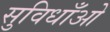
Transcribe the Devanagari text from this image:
सुविधाँओ